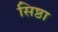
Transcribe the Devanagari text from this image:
सिष्ठा